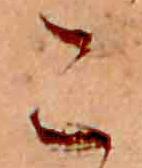
こ